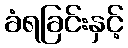
ခံရခြင်းနှင့်